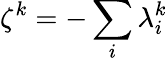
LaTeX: \zeta^{k}=-\sum_{i}\lambda_{i}^{k}